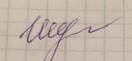
Signature authenticity: genuine